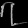
Digit: ၇